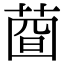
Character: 𦴄